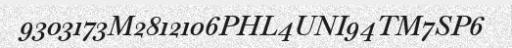
9303173M2812106PHL4UNI94TM7SP6